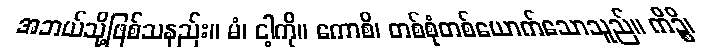
အဘယ်သို့ဖြစ်သနည်း။ မံ၊ ငါ့ကို။ ကောစိ၊ တစ်စုံတစ်ယောက်သောသူည်။ ကိဉ္စိ၊